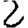
Digit: 2